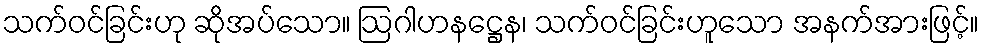
သက်ဝင်ခြင်းဟု ဆိုအပ်သော။ ဩဂါဟနဋ္ဌေန၊ သက်ဝင်ခြင်းဟူသော အနက်အားဖြင့်။